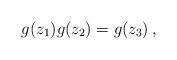
LaTeX: \begin{align*}g(z_{1})g(z_{2})=g(z_{3})\,,\end{align*}